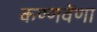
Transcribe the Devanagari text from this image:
कण्णवेंणा